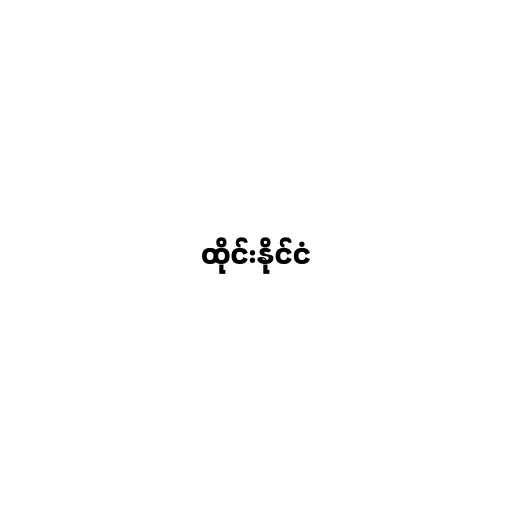
ထိုင်းနိုင်ငံ